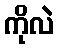
ကိုလဲ